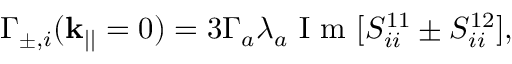
\Gamma _ { \pm , i } ( \mathbf { k } _ { | | } = 0 ) = 3 \Gamma _ { a } \lambda _ { a } \mathrm { ~ I ~ m ~ } [ S _ { i i } ^ { 1 1 } \pm S _ { i i } ^ { 1 2 } ] ,